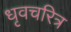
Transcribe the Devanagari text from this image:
धृवचरित्र